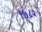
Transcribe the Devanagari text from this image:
९७८२